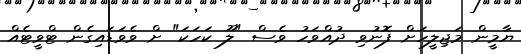
ޔާމީން މަޖިލީހަށް ފޮނުވި ދުއްވަހު ވެސް "ލޫ ކަހަކަ" ށް ވެވަޑައިގެން ޓްވީޓެއް